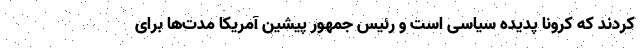
کردند که کرونا پدیده سیاسی است و رئیس جمهور پیشین آمریکا مدت‌ها برای